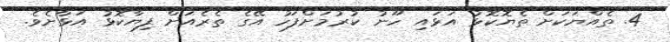
4. ތެއްޔަކަށް ތެޔޮކޮޅު އަޅައި ހޫނު ކުރުމަށްފަހު އޭގެ ތެރެއަށް ފިޔާކޮޅު އަޅާށެވެ.